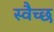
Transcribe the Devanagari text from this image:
स्वैच्छ